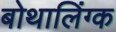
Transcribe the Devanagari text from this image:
बोथालिंग्क